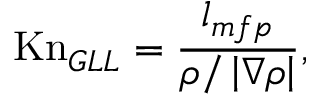
\mathrm { K n } _ { G L L } = \frac { l _ { m f p } } { \rho / \left| \nabla \rho \right| } ,